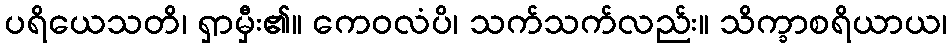
ပရိယေသတိ၊ ရှာမှီး၏။ ကေဝလံပိ၊ သက်သက်လည်း။ သိက္ခာစရိယာယ၊